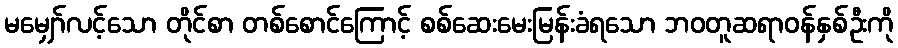
မမျှော်လင့်သော တိုင်စာ တစ်စောင်ကြောင့် စစ်ဆေးမေးမြန်းခံရသော ဘဝတူဆရာဝန်နှစ်ဦးကို